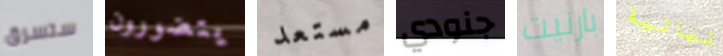
ستسرق يتضورون مستعد جنودي بارنيت نباتية